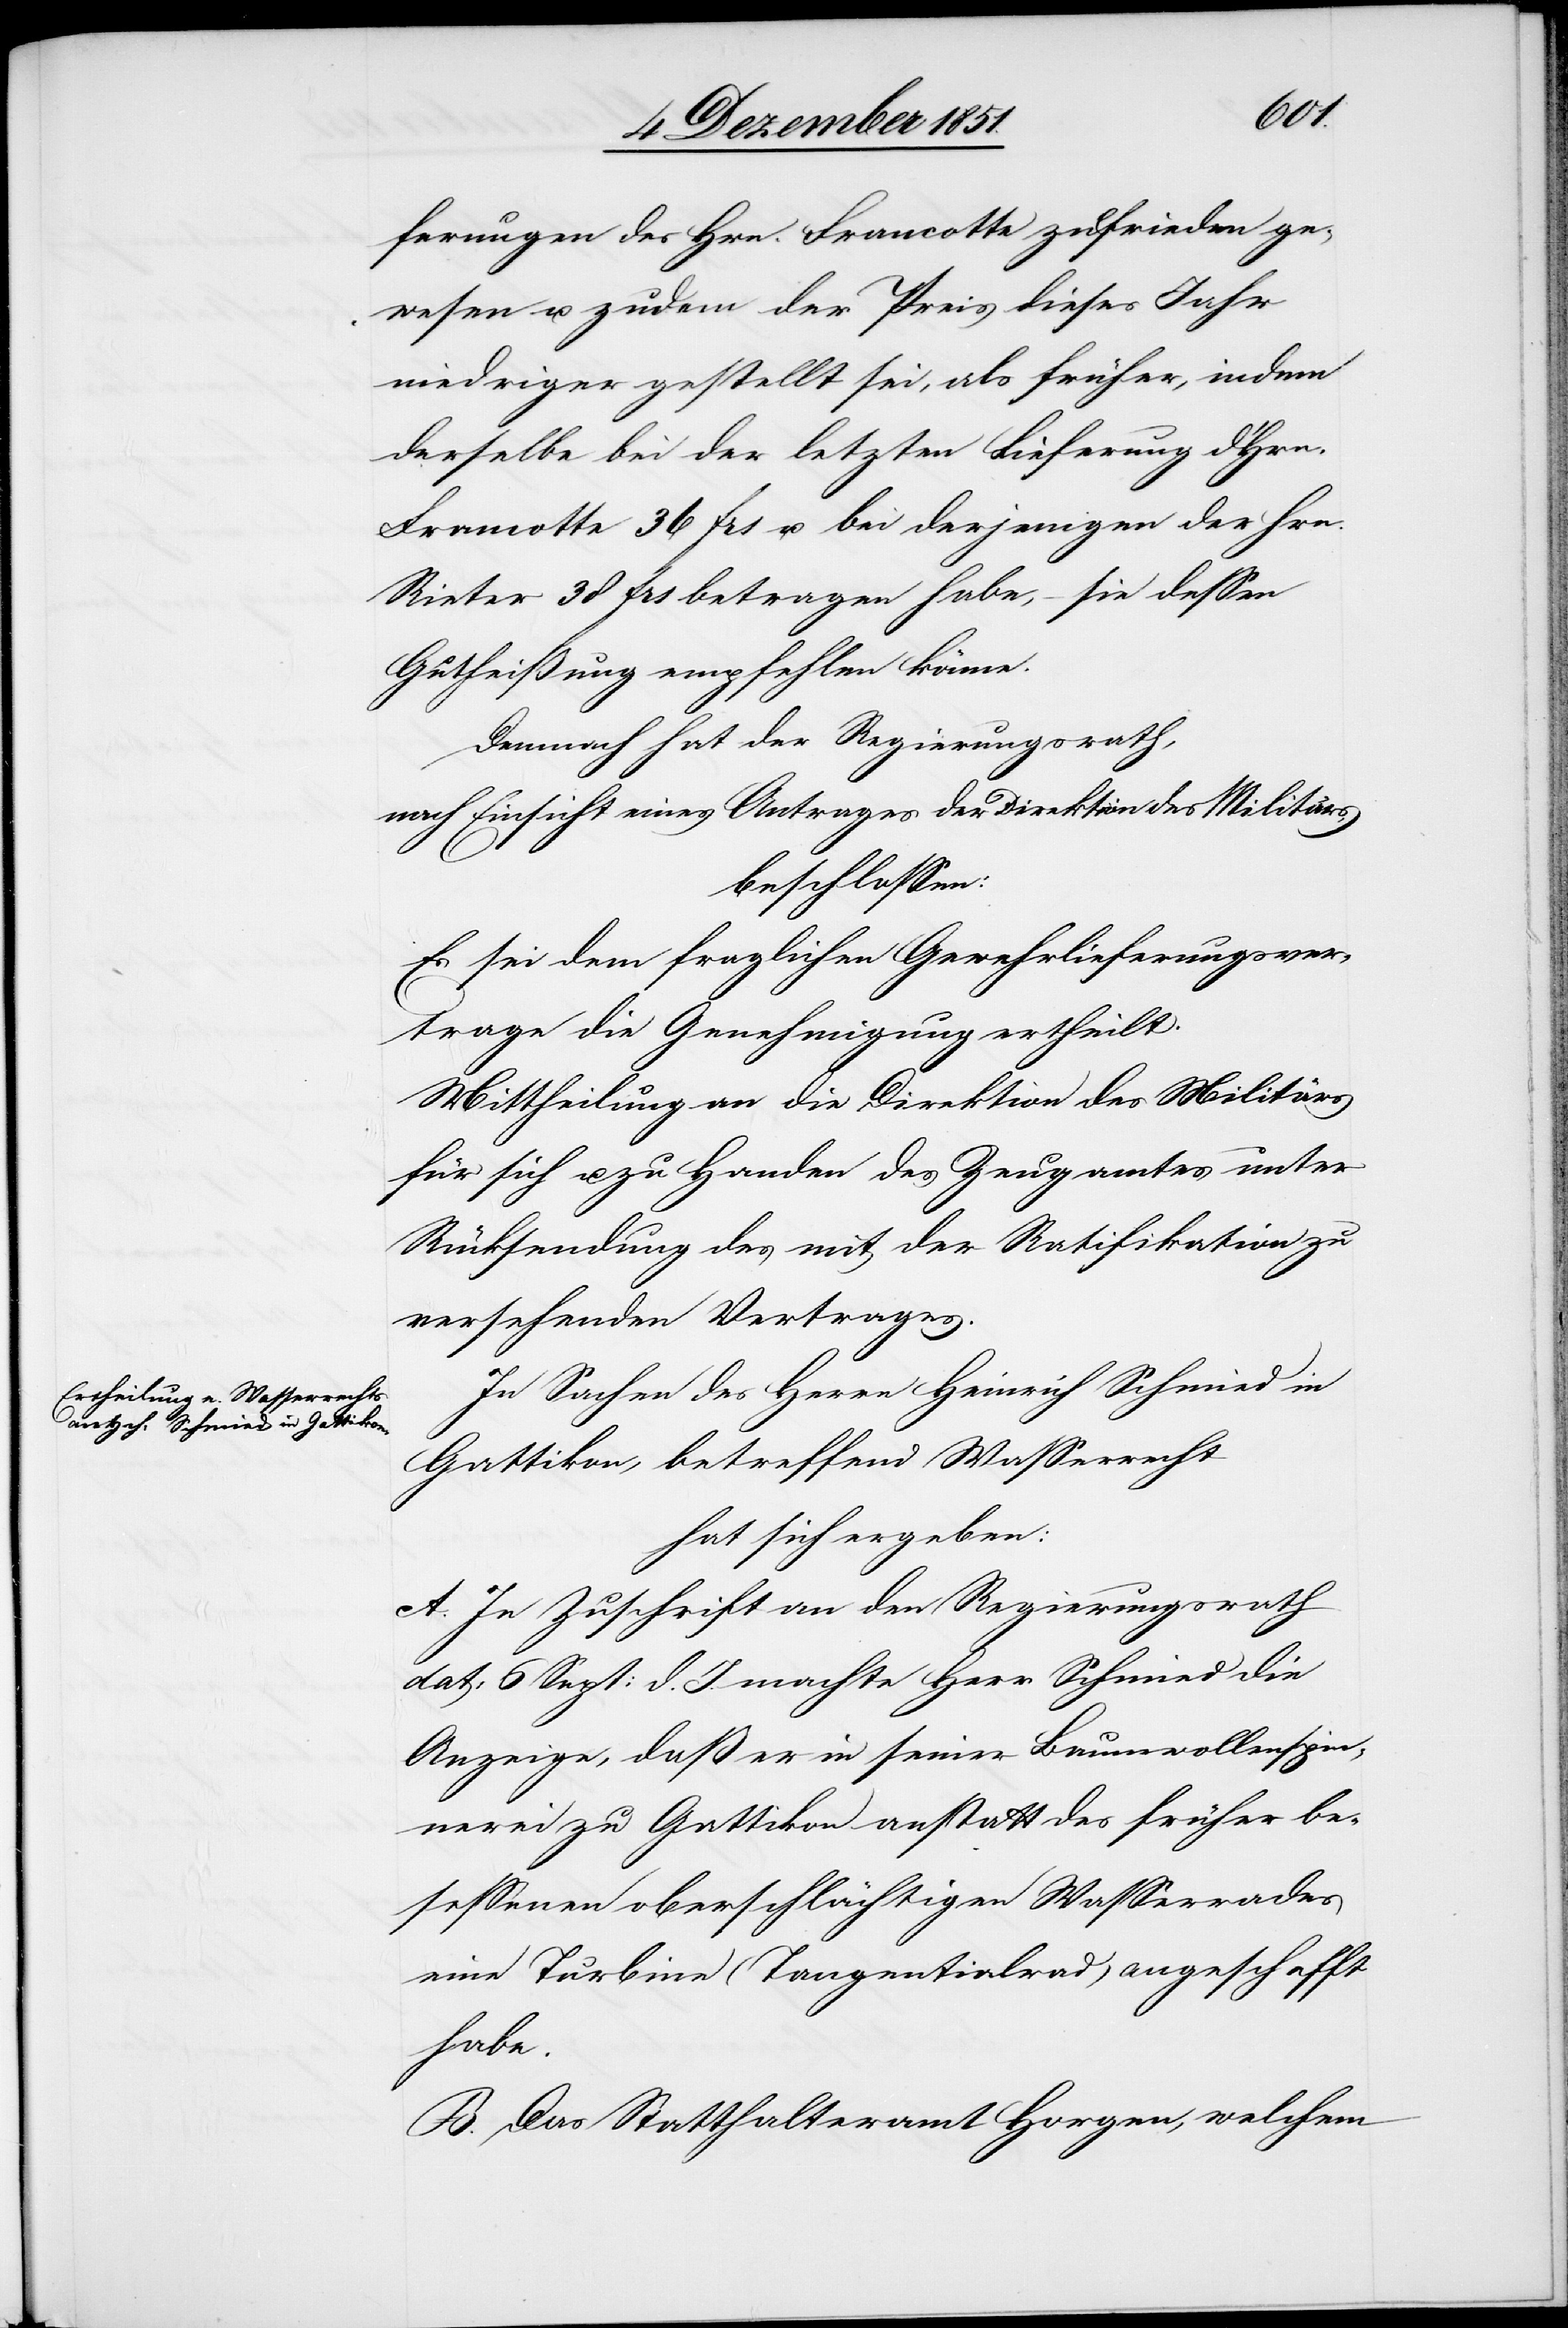
ferungen des Hrn. Francotte zufrieden ge¬
wesen u. zudem der Preis dieses Jahr
niedriger gestellt sei, als früher, indem
derselbe bei der letzten Lieferung d. Hrn.
Francotte 36 frs u. bei derjenigen der Hrn.
Rieter 38 frs betragen habe, – sie dessen
Gutheißung empfehlen könne.
Demnach hat der Regierungsrath,
nach Einsicht eines Antrages der Direktion des Militärs,
beschlossen:
Es sei dem fraglichen Gewehrlieferungsver¬
trage die Genehmigung ertheilt.
Mittheilung an die Direktion des Militärs
für sich u. zu Handen des Zeugamtes unter
Rücksendung des mit der Ratifikation zu
versehenden Vertrages.
In Sachen des Herrn Heinrich Schmied in
Gattikon, betreffend Wasserrecht
hat sich ergeben:
A. In Zuschrift an den Regierungsrath
dat: 6 Sept: d. J. machte Herr Schmied die
Anzeige, daß er in seiner Baumwollenspin¬
nerei zu Gattikon anstatt des früher be¬
sessenen oberschlächtigen Wasserrades
eine Turbine (Tangentialrad) angeschafft
habe.
B. Das Statthalteramt Horgen, welchem